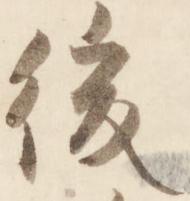
後